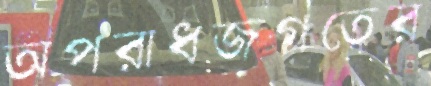
অপরাধজগতের